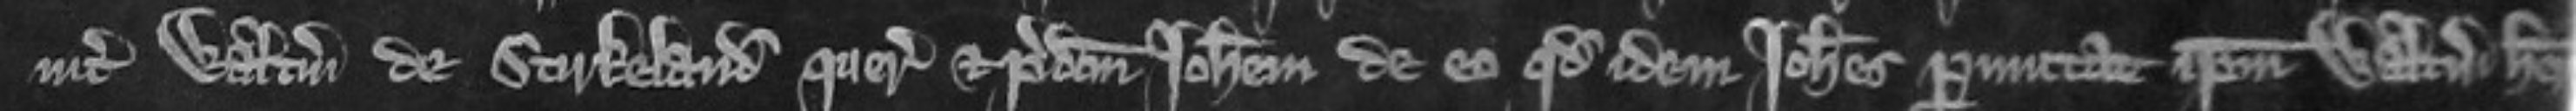
inter Walterum de Stirkeland querentem et predictum Johannem de eo quod idem Johannes permittat ipsum Walterum habere